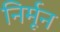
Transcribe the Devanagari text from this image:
निर्मून